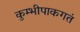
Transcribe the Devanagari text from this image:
कुम्भीपाकगतं